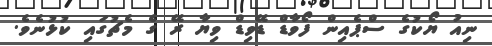
ނިއު ޔޯކުގެ ސްޕެއިން ފޯވާޑް ޑޭވިޑް ވިޔާ ރޭ ގެ މެޗުގައި ކުޅުނެވެ.